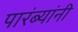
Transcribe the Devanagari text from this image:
पारंब्यांनी